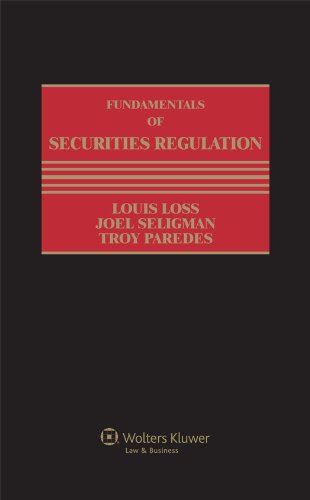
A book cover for Fundamentals of Securities Regulation,6th Edition (2 volume set); Joel Seligman; Law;